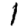
Digit: 1